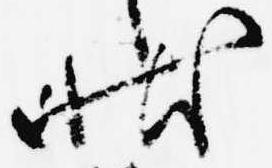
状